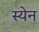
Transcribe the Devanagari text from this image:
स्येन